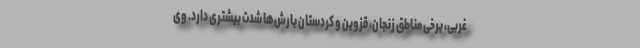
غربی، برخی مناطق زنجان، قزوین و کردستان بارش‌ها شدت بیشتری دارد. وی